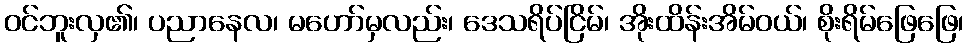
ဝင်ဘူးလှ၏၊ ပညာနေလ၊ မဟော်မှလည်း၊ ဒေသရိပ်ငြိမ်၊ အိုးထိန်းအိမ်ဝယ်၊ စိုးရိမ်ဖြေဖြေ၊